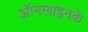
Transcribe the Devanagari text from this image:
ऑनलाइनके